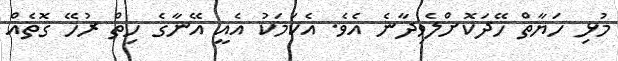
މުޅި ހަޔާތް ހޭދަކޮށްލެވިދާނެ އެވެ. އެކަމަކު އެއީ އޭނާގެ ހިތް ރުހޭ ގޮތެއް